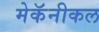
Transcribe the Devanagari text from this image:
मेकॅनीकल